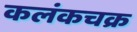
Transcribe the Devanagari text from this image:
कलंकचक्र